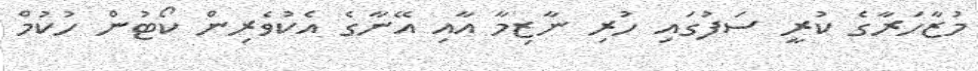
މުޒާހަރާގެ ކުރީ ސަފުގައި ހުރި ނާޒިމާ އާއި އޭނާގެ އެކުވެރިން ކޯޓުން ހުކުމް